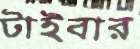
টাইবার